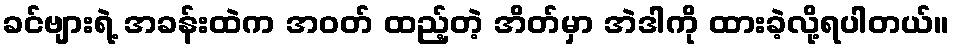
ခင်ဗျားရဲ့ အခန်းထဲက အဝတ် ထည့်တဲ့ အိတ်မှာ အဲဒါကို ထားခဲ့လို့ရပါတယ်။